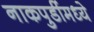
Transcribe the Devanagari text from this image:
नाकपुडींमध्ये